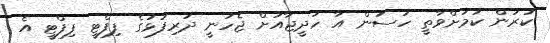
ކުރުން ކަމަށްވާތީ ހަސަން އާ ހަދީޖާއަށް ޖެހުނީ ދަރިފުޅުގެ ފިފްޓީ ފިފްޓީ އެ